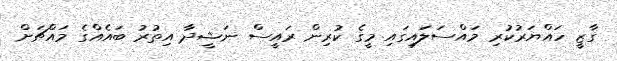
ގާޒީ ހައްޔަރުކުރި މައްސަލައިގައި މީގެ ކުރިން ރައީސް ނަޝީދާ އިތުރު ބައެއްގެ މައްޗަށް